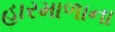
હારમાળાના